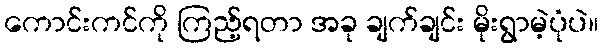
ကောင်းကင်ကို ကြည့်ရတာ အခု ချက်ချင်း မိုးရွာမဲ့ပုံပဲ။